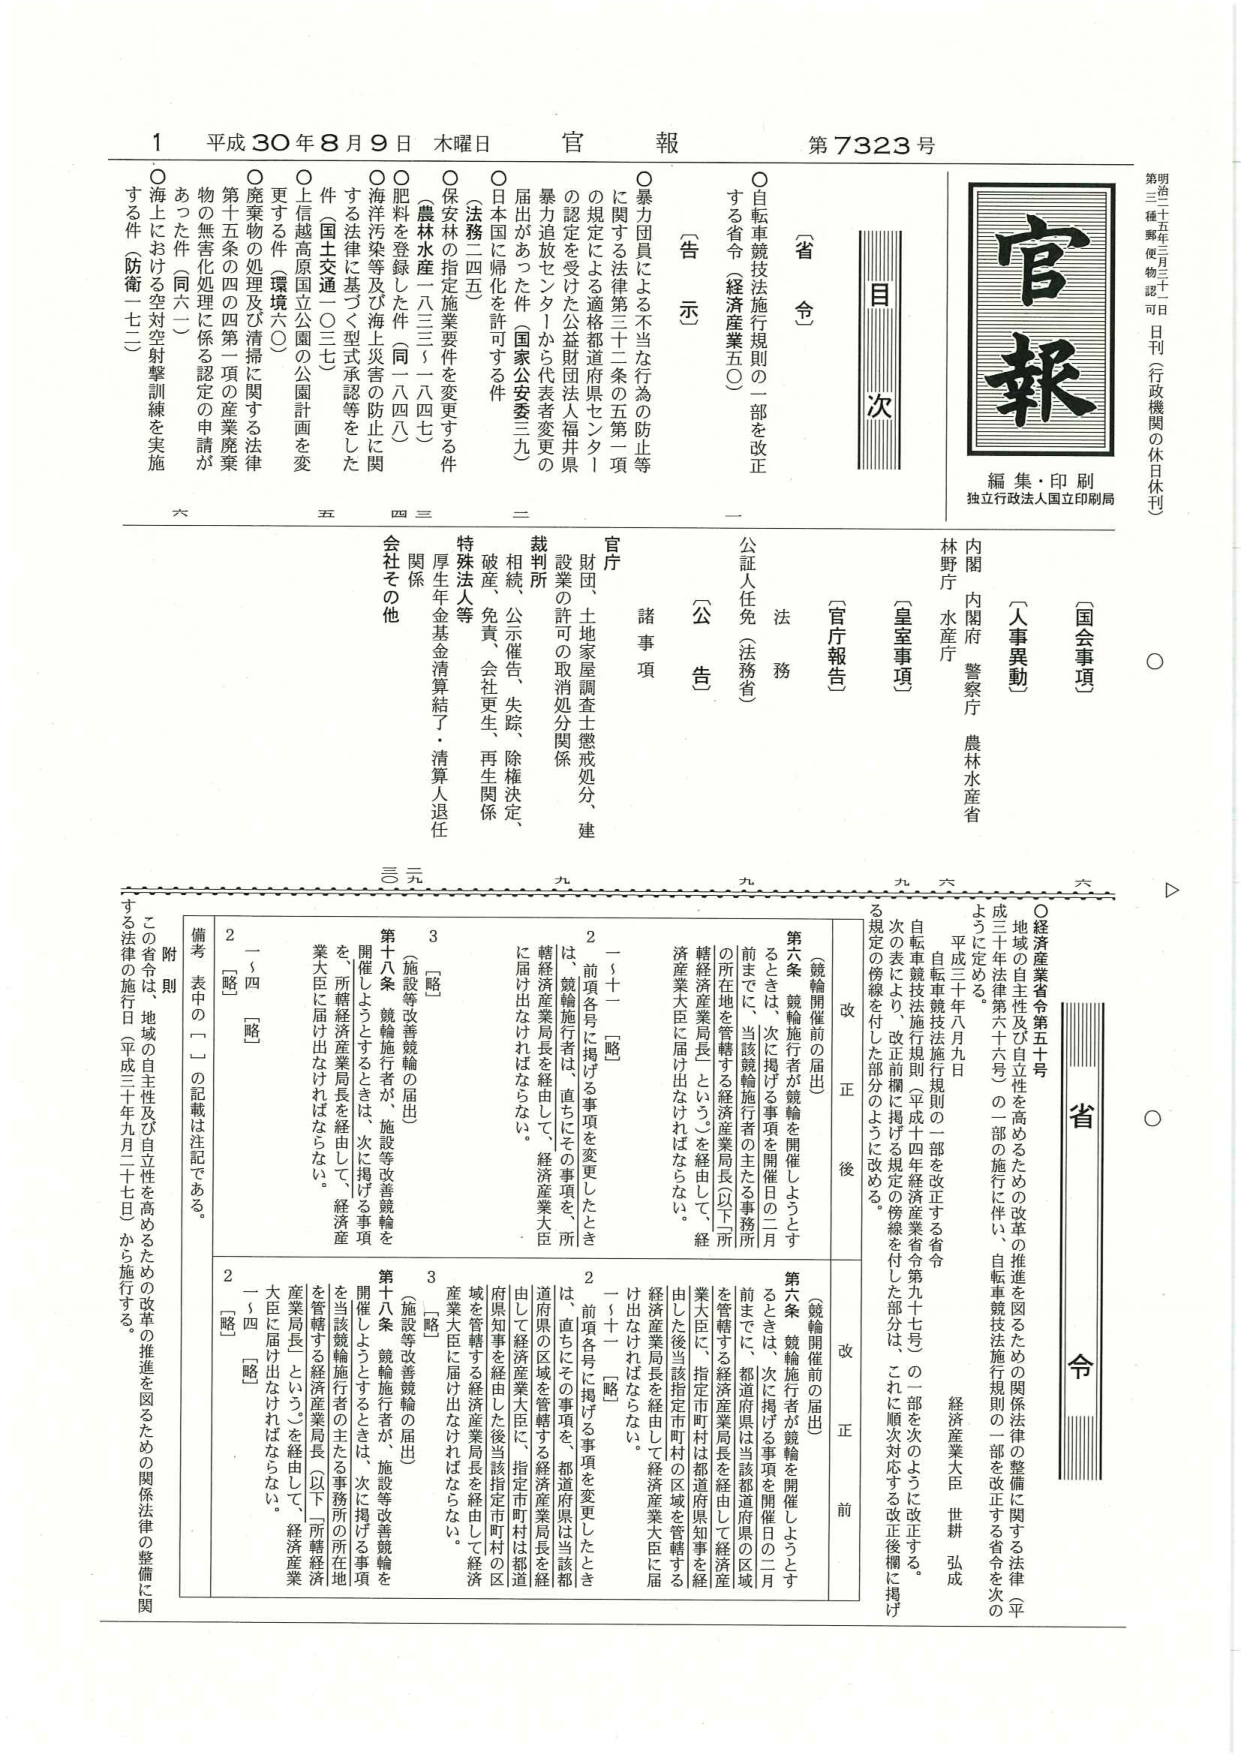
官報
第7323号
平成30年8月9日 木曜日

第明治三十五年三月三十一日刊（行政機関の休日休刊）
三種郵便物認可

官報
編集・印刷
独立行政法人国立印刷局

目次

〔省令〕
○自転車競技法施行規則の一部を改正する省令（経済産業五〇）

〔告示〕
○暴力団員による不当な行為の防止等に関する法律第三十二条の五第一項の規定による適格都道府県セントラル認定を受けた公益財団法人福井県暴力追放センターから代表者変更の届出があった件（国家公安委三九）
○日本国に帰化を許可する件（法務二四五）
○保安林の指定施業要件を変更する件（農林水産一八三三～一八四七）
○肥料を登録した件（同一八四八）
○海洋汚染等及び海上災害の防止に関する法律に基づく型式承認等をした件（国土交通一〇三七）
○上信越高原国立公園の公園計画を変更する件（環境六〇）
○廃棄物の処理及び清掃に関する法律第十五条の四の第二項の産業廃棄物の無害化処理に係る認定の申請があった件（同六一）
○海上における空対空射撃訓練を実施する件（防衛一七二）

〔官庁報告〕
〔人事異動〕
内閣 内閣府 警察庁 農林水産省
林野庁 水産庁
〔皇室事項〕

〔公告〕
官庁
諸事項
財団、土地家屋調査士懲戒処分、建設業の許可の取消処分関係
裁判所
相続、公示催告、失踪、除権決定、破産、免責、会社更生、再生関係
特殊法人等
厚生年金基金清算結了・清算人退任
関係
会社その他

六 五 四 三 二 一 九 九 六 六

〔省令〕
○経済産業省令第五十号
地域の自主性及び自立性を高めるための改革の推進を図るための関係法律の整備に関する法律（平成三十年法律第八十六号）の一部の施行に伴い、自転車競技法施行規則の一部を改正する省令を次のように定める。
平成三十年八月九日
経済産業大臣 世耕 弘成
自転車競技法施行規則（平成十四年経済産業省令第九十七号）の一部を次のように改正する。
次の表により、改正前欄に掲げる規定の傍線を付した部分は、これに順次対応する改正後欄に掲げる規定の傍線を付した部分のように改める。

改 正 後
改 正 前

（競輪開催前の届出）
第六条 競輪施行者が競輪を開催しようとするときは、次に掲げる事項を開催日の二月前までに、当該競輪施行者の主たる事務所の所在地を管轄する経済産業局長（以下「所轄経済産業局長」という。）を経由して、経済産業大臣に届け出なければならない。
2 前項各号に掲げる事項を変更したときは、競輪施行者は、直ちにその事項を、所轄経済産業局長を経由して、経済産業大臣に届け出なければならない。
3 ［略］
（施設等改善競輪の届出）
第十八条 競輪施行者が、施設等改善競輪を開催しようとするときは、次に掲げる事項を、所轄経済産業局長を経由して、経済産業大臣に届け出なければならない。
2 ［略］
3 ［略］

（競輪開催前の届出）
第六条 競輪施行者が競輪を開催しようとするときは、次に掲げる事項を開催日の二月前までに、都道府県は当該都道府県の区域を管轄する経済産業局長を経由して経済産業大臣に、指定市町村は都道府県知事を経由した後当該指定市町村の区域を管轄する経済産業局長を経由して経済産業大臣に届け出なければならない。
2 前項各号に掲げる事項を変更したときは、直ちにその事項を、都道府県は当該都道府県の区域を管轄する経済産業局長を経由して経済産業大臣に、指定市町村は都道府県知事を経由した後当該指定市町村の区域を管轄する経済産業局長を経由して経済産業大臣に届け出なければならない。
3 ［略］
（施設等改善競輪の届出）
第十八条 競輪施行者が、施設等改善競輪を開催しようとするときは、次に掲げる事項を当該競輪施行者の主たる事務所の所在地を管轄する経済産業局長（以下「所轄経済産業局長」という。）を経由して、経済産業大臣に届け出なければならない。
2 ［略］
3 ［略］

附則
この省令は、地域の自主性及び自立性を高めるための改革の推進を図るための関係法律の整備に関する法律の施行日（平成三十年九月二十七日）から施行する。
備考 表中の「一」の記載は注記である。